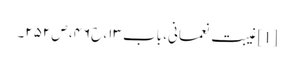
[1] غیبت نعمانی، باب ۱۳، ح۴۶، ص ۲۵۲۔